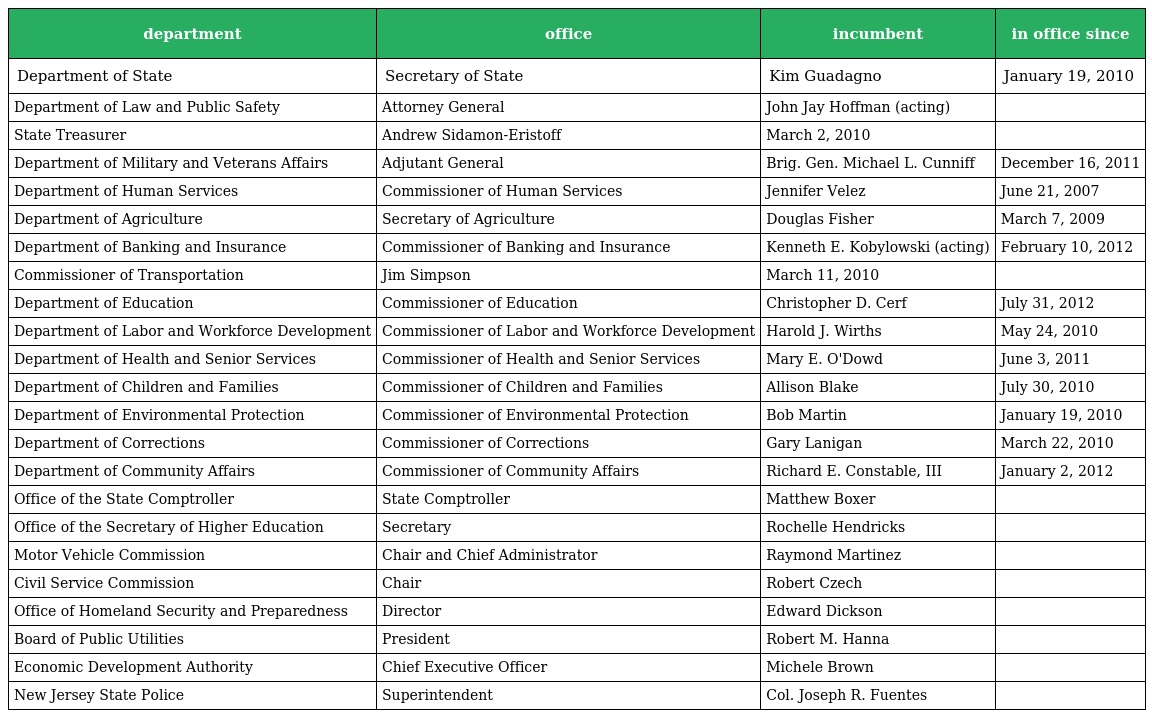
| department | office | incumbent | in office since |
 | --- | --- | --- | --- |
 | Department of State | Secretary of State | Kim Guadagno | January 19, 2010 |
 | Department of Law and Public Safety | Attorney General | John Jay Hoffman (acting) |  |
 | State Treasurer | Andrew Sidamon-Eristoff | March 2, 2010 |  |
 | Department of Military and Veterans Affairs | Adjutant General | Brig. Gen. Michael L. Cunniff | December 16, 2011 |
 | Department of Human Services | Commissioner of Human Services | Jennifer Velez | June 21, 2007 |
 | Department of Agriculture | Secretary of Agriculture | Douglas Fisher | March 7, 2009 |
 | Department of Banking and Insurance | Commissioner of Banking and Insurance | Kenneth E. Kobylowski (acting) | February 10, 2012 |
 | Commissioner of Transportation | Jim Simpson | March 11, 2010 |  |
 | Department of Education | Commissioner of Education | Christopher D. Cerf | July 31, 2012 |
 | Department of Labor and Workforce Development | Commissioner of Labor and Workforce Development | Harold J. Wirths | May 24, 2010 |
 | Department of Health and Senior Services | Commissioner of Health and Senior Services | Mary E. O'Dowd | June 3, 2011 |
 | Department of Children and Families | Commissioner of Children and Families | Allison Blake | July 30, 2010 |
 | Department of Environmental Protection | Commissioner of Environmental Protection | Bob Martin | January 19, 2010 |
 | Department of Corrections | Commissioner of Corrections | Gary Lanigan | March 22, 2010 |
 | Department of Community Affairs | Commissioner of Community Affairs | Richard E. Constable, III | January 2, 2012 |
 | Office of the State Comptroller | State Comptroller | Matthew Boxer |  |
 | Office of the Secretary of Higher Education | Secretary | Rochelle Hendricks |  |
 | Motor Vehicle Commission | Chair and Chief Administrator | Raymond Martinez |  |
 | Civil Service Commission | Chair | Robert Czech |  |
 | Office of Homeland Security and Preparedness | Director | Edward Dickson |  |
 | Board of Public Utilities | President | Robert M. Hanna |  |
 | Economic Development Authority | Chief Executive Officer | Michele Brown |  |
 | New Jersey State Police | Superintendent | Col. Joseph R. Fuentes |  |